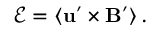
\begin{array} { r } { \mathbf { \mathcal { E } } = \langle \mathbf { u } ^ { \prime } \times \mathbf { B } ^ { \prime } \rangle \, . } \end{array}